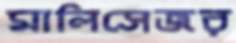
মালিসেজর